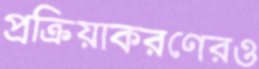
প্রক্রিয়াকরণেরও